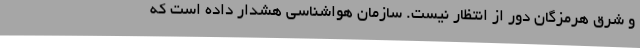
و شرق هرمزگان دور از انتظار نیست. سازمان هواشناسی هشدار داده است که